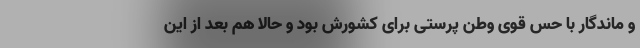
و ماندگار با حس قوی وطن پرستی برای کشورش بود و حالا هم بعد از این